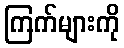
ကြက်များကို